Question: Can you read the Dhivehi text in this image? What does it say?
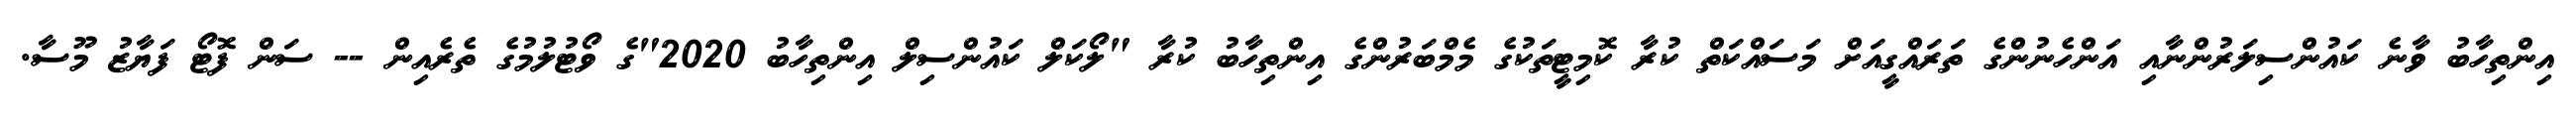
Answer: އިންތިހާބު ވާނެ ކައުންސިލަރުންނާއި އަންހެނުންގެ ތަރައްގީއަށް މަސައްކަތް ކުރާ ކޮމިޓީތަކުގެ މެމްބަރުންގެ އިންތިހާބު ކުރާ "ލޯކަލް ކައުންސިލް އިންތިހާބު 2020"ގެ ވޯޓުލުމުގެ ތެރެއިން -- ސަން ފޮޓޯ ފަޔާޒު މޫސާ.